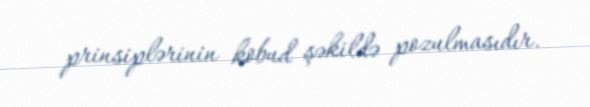
prinsiplərinin kobud şəkildə pozulmasıdır.